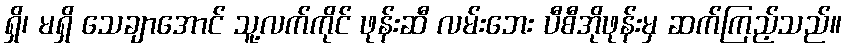
ရှိ၊ မရှိ သေချာအောင် သူ့လက်ကိုင် ဖုန်းဆီ လမ်းဘေး ပီစီအိုဖုန်းမှ ဆက်ကြည့်သည်။